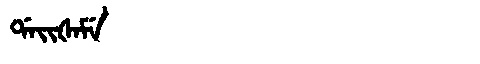
Manchu: ᡩᠠᡳᡧᠠᠮᡝ
Romanization: DAIŠAME